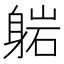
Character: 𬧥